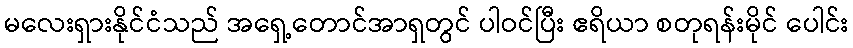
မလေးရှားနိုင်ငံသည် အရှေ့တောင်အာရှတွင် ပါဝင်ပြီး ဧရိယာ စတုရန်းမိုင် ပေါင်း